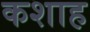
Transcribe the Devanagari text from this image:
कशाह